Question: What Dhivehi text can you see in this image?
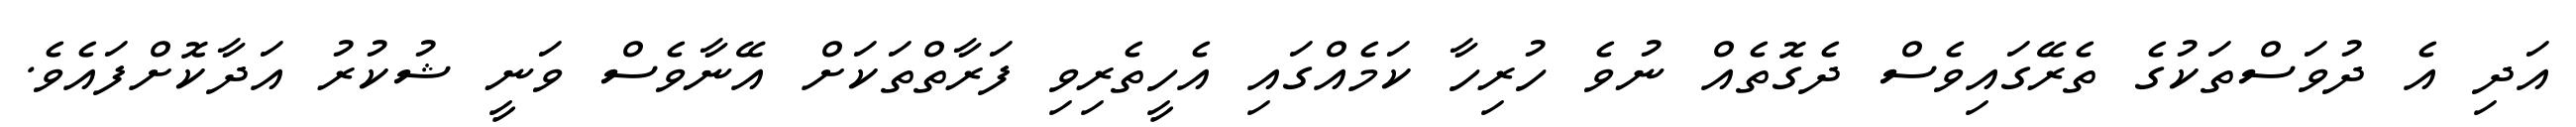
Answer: އަދި އެ ދުވަސްތަކުގެ ތެރޭގައިވެސް ދެގޮތެއް ނުވެ ހުރިހާ ކަމެއްގައި އެހީތެރިވި ފަރާތްތަކަށް އޭނާވެސް ވަނީ ޝުކުރު އަދާކޮށްފައެވެ.